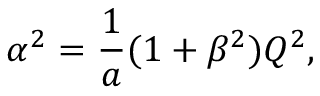
\alpha ^ { 2 } = { \frac { 1 } { a } } ( 1 + \beta ^ { 2 } ) Q ^ { 2 } ,